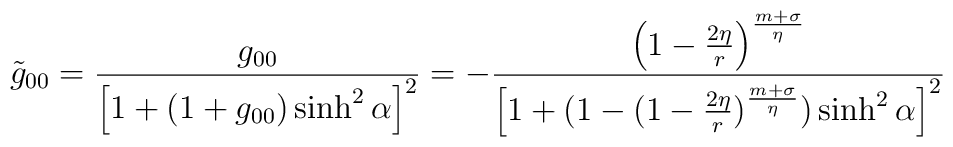
\tilde g_{00} = \frac{g_{00}}{\left [ 1+ (1+g_{00})\sinh^{2} \alpha\right ] ^{2} } = -\frac{\left ( 1-\frac{2\eta}{r} \right )^{\frac{m+\sigma}{\eta}}}{\left [ 1+ (1- (1-\frac{2\eta}{r})^{\frac{m+\sigma}{\eta}})\sinh^{2} \alpha \right ] ^{2}}